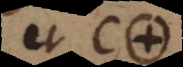
et C